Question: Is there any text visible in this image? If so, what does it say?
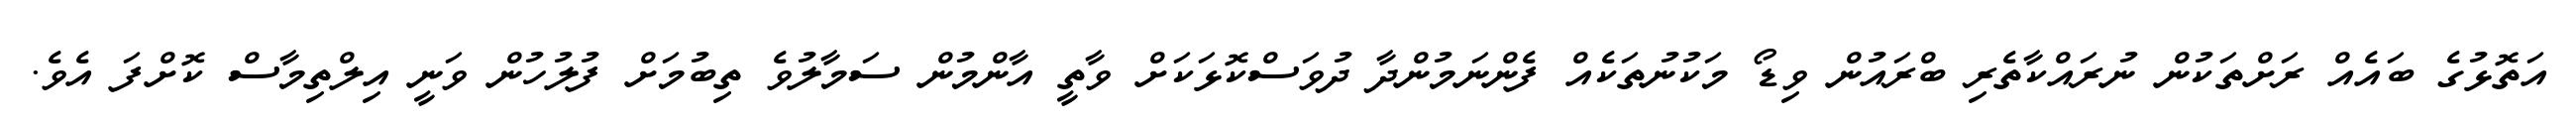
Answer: އަތޮޅުގެ ބައެއް ރަށްތަކުން ނުރައްކާތެރި ބްރައުން ވިޑޯ މަކުނުތަކެއް ފެންނަމުންދާ ދުވަސްކޮޅަކަށް ވާތީ އާންމުން ސަމާލުވެ ތިބުމަށް ފުލުހުން ވަނީ އިލްތިމާސް ކޮށްފަ އެވެ.